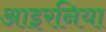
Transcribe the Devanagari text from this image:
आइरनिया